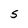
Character: S